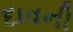
દાવની